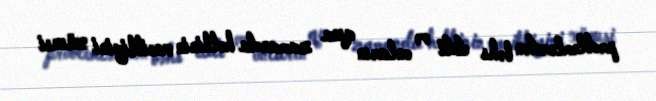
problemlərdən bəhs etdi və onların qısa zamanda həllinin vacibliyini xüsusi